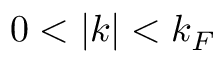
0 < | \boldsymbol { k } | < k _ { F }